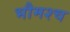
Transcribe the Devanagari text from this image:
भौमश्च